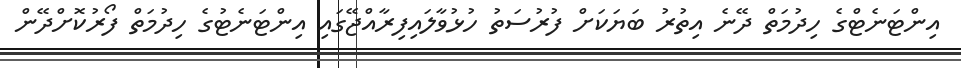
އިންޓަނެޓްގެ ހިދުމަތް ދޭނެ އިތުރު ބަޔަކަށް ފުރުސަތު ހުޅުވާލައިފިރާއްޖޭގައި އިންޓަނެޓުގެ ހިދުމަތް ފޯރުކޮށްދޭން